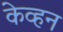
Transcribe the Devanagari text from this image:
केव्हन